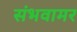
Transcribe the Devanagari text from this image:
संभवामर